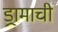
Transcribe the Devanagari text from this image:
ड्रामाची